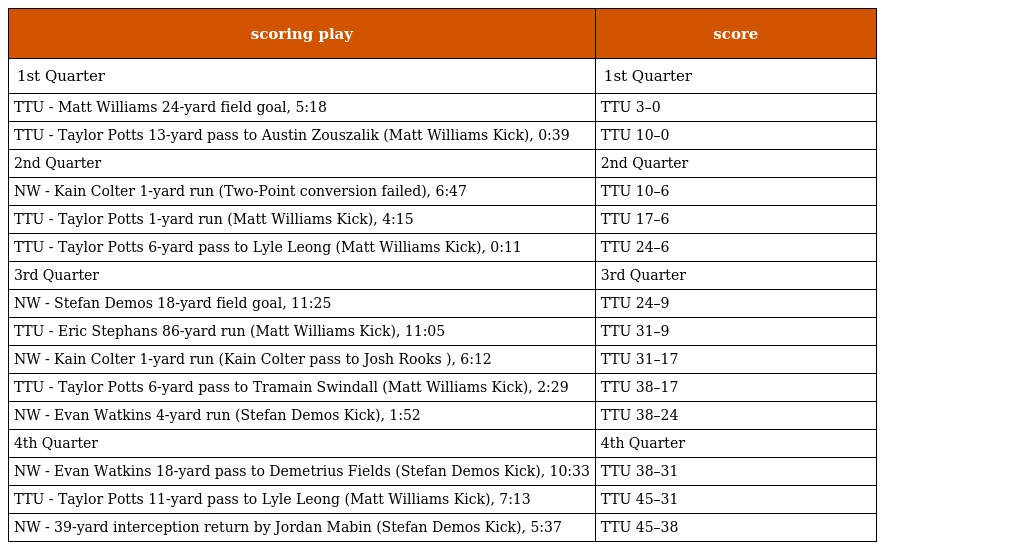
| scoring play | score |
 | --- | --- |
 | 1st Quarter | 1st Quarter |
 | TTU - Matt Williams 24-yard field goal, 5:18 | TTU 3–0 |
 | TTU - Taylor Potts 13-yard pass to Austin Zouszalik (Matt Williams Kick), 0:39 | TTU 10–0 |
 | 2nd Quarter | 2nd Quarter |
 | NW - Kain Colter 1-yard run (Two-Point conversion failed), 6:47 | TTU 10–6 |
 | TTU - Taylor Potts 1-yard run (Matt Williams Kick), 4:15 | TTU 17–6 |
 | TTU - Taylor Potts 6-yard pass to Lyle Leong (Matt Williams Kick), 0:11 | TTU 24–6 |
 | 3rd Quarter | 3rd Quarter |
 | NW - Stefan Demos 18-yard field goal, 11:25 | TTU 24–9 |
 | TTU - Eric Stephans 86-yard run (Matt Williams Kick), 11:05 | TTU 31–9 |
 | NW - Kain Colter 1-yard run (Kain Colter pass to Josh Rooks ), 6:12 | TTU 31–17 |
 | TTU - Taylor Potts 6-yard pass to Tramain Swindall (Matt Williams Kick), 2:29 | TTU 38–17 |
 | NW - Evan Watkins 4-yard run (Stefan Demos Kick), 1:52 | TTU 38–24 |
 | 4th Quarter | 4th Quarter |
 | NW - Evan Watkins 18-yard pass to Demetrius Fields (Stefan Demos Kick), 10:33 | TTU 38–31 |
 | TTU - Taylor Potts 11-yard pass to Lyle Leong (Matt Williams Kick), 7:13 | TTU 45–31 |
 | NW - 39-yard interception return by Jordan Mabin (Stefan Demos Kick), 5:37 | TTU 45–38 |